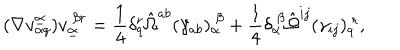
( \nabla v _ { \alpha q } ^ { \underline { { \alpha } } } ) v _ { \underline { { \alpha } } } ^ { ~ \beta r } = { \frac { 1 } { 4 } } \delta _ { q } ^ { r } \hat { \Omega } ^ { a b } ( \gamma _ { a b } ) _ { \alpha } ^ { ~ \beta } + { \frac { 1 } { 4 } } \delta _ { \alpha } ^ { ~ \beta } \hat { \Omega } ^ { i j } ( \gamma _ { i j } ) _ { q } ^ { ~ r } ,